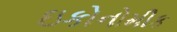
ઇકોનોમીક